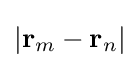
|\mathbf {r} _{m}-\mathbf {r} _{n}|